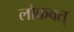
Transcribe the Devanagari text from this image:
लोकवत्